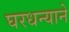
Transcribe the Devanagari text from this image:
घरधन्याने